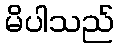
မိပါသည်